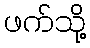
ဖက်သို့